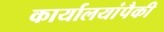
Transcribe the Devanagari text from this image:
कार्यालयांपैकी